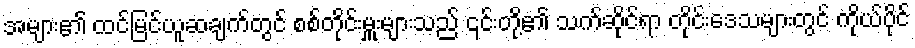
အများ၏ ထင်မြင်ယူဆချက်တွင် စစ်တိုင်းမှူးများသည် ၎င်းတို့၏ သက်ဆိုင်ရာ တိုင်းဒေသများတွင် ကိုယ်ပိုင်